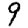
Digit: 9